Vaccination in the Punjab 1897-1904 - 1897-1904
Year: 1897
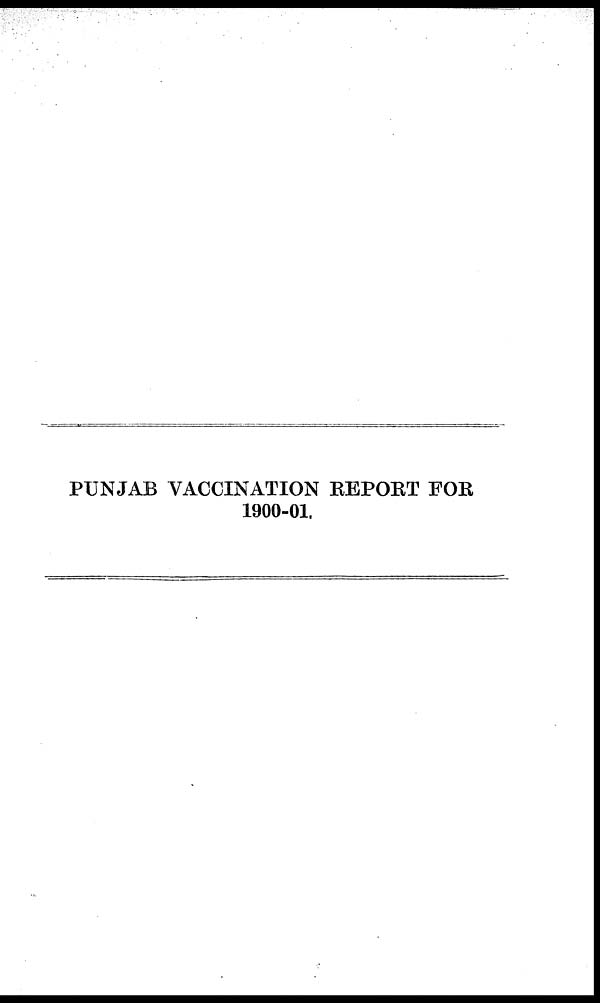
PUNJAB VACCINATION REPORT FOR
1900-01.